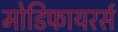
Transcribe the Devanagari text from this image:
मोडिफायरर्स